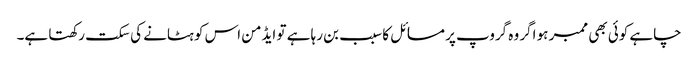
چاہے کوئی بھی ممبر ہو اگر وہ گروپ پر مسائل کا سبب بن رہا ہے تو ایڈمن اس کو ہٹانے کی سکت رکھتا ہے۔